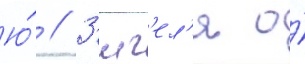
Ю́ // З'иг'ел'я о́